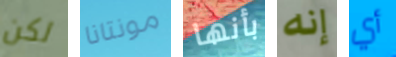
لكن مونتانا بأنها إنه أي